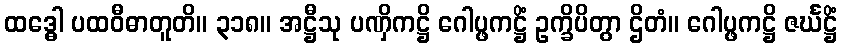
ထဒ္ဓေါ ပထဝီဓာတူတိ။ ၃၁၈။ အဋ္ဌီသု ပဏှိကဋ္ဌိ ဂေါပ္ဖကဋ္ဌိံ ဥက္ခိပိတွာ ဌိတံ။ ဂေါပ္ဖကဋ္ဌိ ဇင်္ဃဋ္ဌိံ